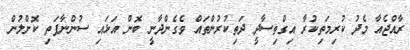
ރާއްޖެއާ މެދު ކުރިމަތިކުރާ އިގްތިސާދީ ދަތިކުރުންތައް ވެގެންދާނީ ބޮން އަޅައި ސުންނާފަތި ކޮށްލުން